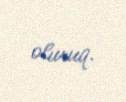
oluruq.